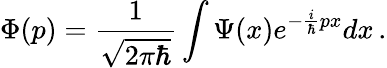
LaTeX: \Phi(p)={\frac{1}{\sqrt{2\pi\hbar}}}\int\Psi(x)e^{-{\frac{i}{\hbar}}px}dx\, .